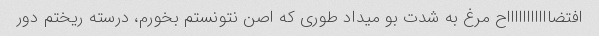
افتضاااااااااااح مرغ به شدت بو میداد طوری که اصن نتونستم بخورم، درسته ریختم دور